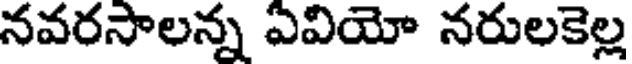
నవరసాలన్న ఏవియో నరులకెల్ల